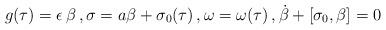
LaTeX: \begin{align*}g(\tau) = \epsilon \, \beta \, , \sigma = a \beta + \sigma_{0}(\tau) \, ,\omega = \omega(\tau) \, , \dot{\beta} + [\sigma_{0},\beta] =0\end{align*}